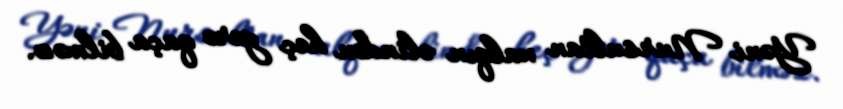
Yəni Nursultan xalqın əlindən heç yerə qaça bilməz.